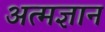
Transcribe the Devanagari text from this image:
अत्मज्ञान